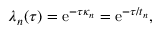
\lambda _ { n } ( \tau ) = \operatorname { e } ^ { - \tau \kappa _ { n } } = \operatorname { e } ^ { - \tau / t _ { n } } ,